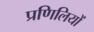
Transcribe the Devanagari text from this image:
प्रणिलियों